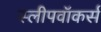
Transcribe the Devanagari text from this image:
स्लीपवॉकर्स